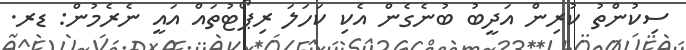
ސިކުންތު ކުރިން އަދީބު ބުނެގެން އެކި ކަހަލަ ރިޕޯޓުތައް އައީ ނެރެމުން: ޑރ.